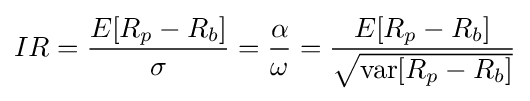
IR={\frac {E[R_{p}-R_{b}]}{\sigma }}={\frac {\alpha }{\omega }}={\frac {E[R_{p}-R_{b}]}{\sqrt {\mathrm {var} [R_{p}-R_{b}]}}}